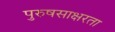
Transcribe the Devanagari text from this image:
पुरुषसाक्षरता